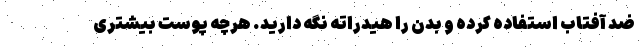
ضد آفتاب استفاده کرده و بدن را هیدراته نگه دارید. هرچه پوست بیشتری